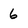
Character: 6